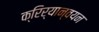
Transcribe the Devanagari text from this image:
क्रिर्यान्वयन